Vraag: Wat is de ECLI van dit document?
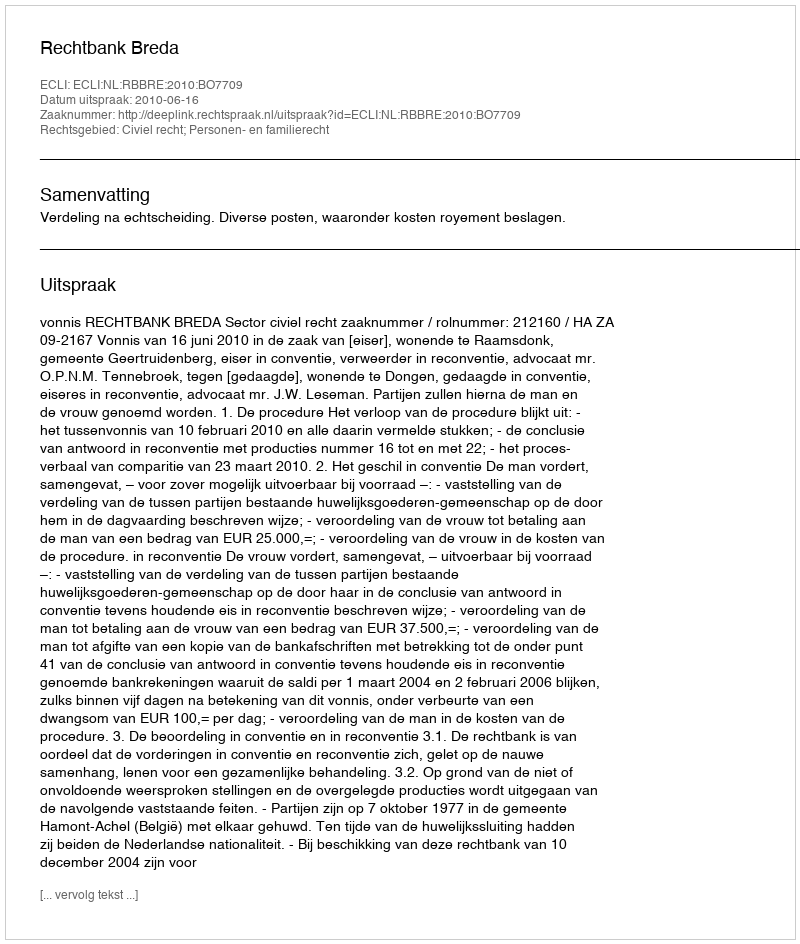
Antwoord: ECLI:NL:RBBRE:2010:BO7709